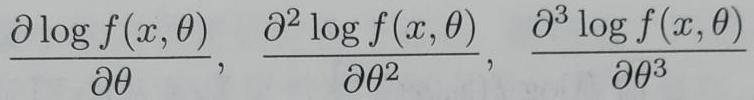
\[
\frac{\partial \log f(x, \theta)}{\partial \theta}, \quad \frac{\partial^{2} \log f(x, \theta)}{\partial \theta^{2}}, \quad \frac{\partial^{3} \log f(x, \theta)}{\partial \theta^{3}}
\]